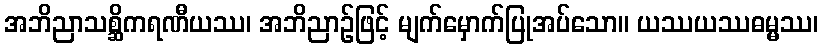
အဘိညာသစ္ဆိကရဏီယဿ၊ အဘိညာဉ်ဖြင့် မျက်မှောက်ပြုအပ်သော။ ယဿယဿဓမ္မဿ၊